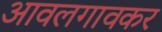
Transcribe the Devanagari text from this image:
आवलगावकर